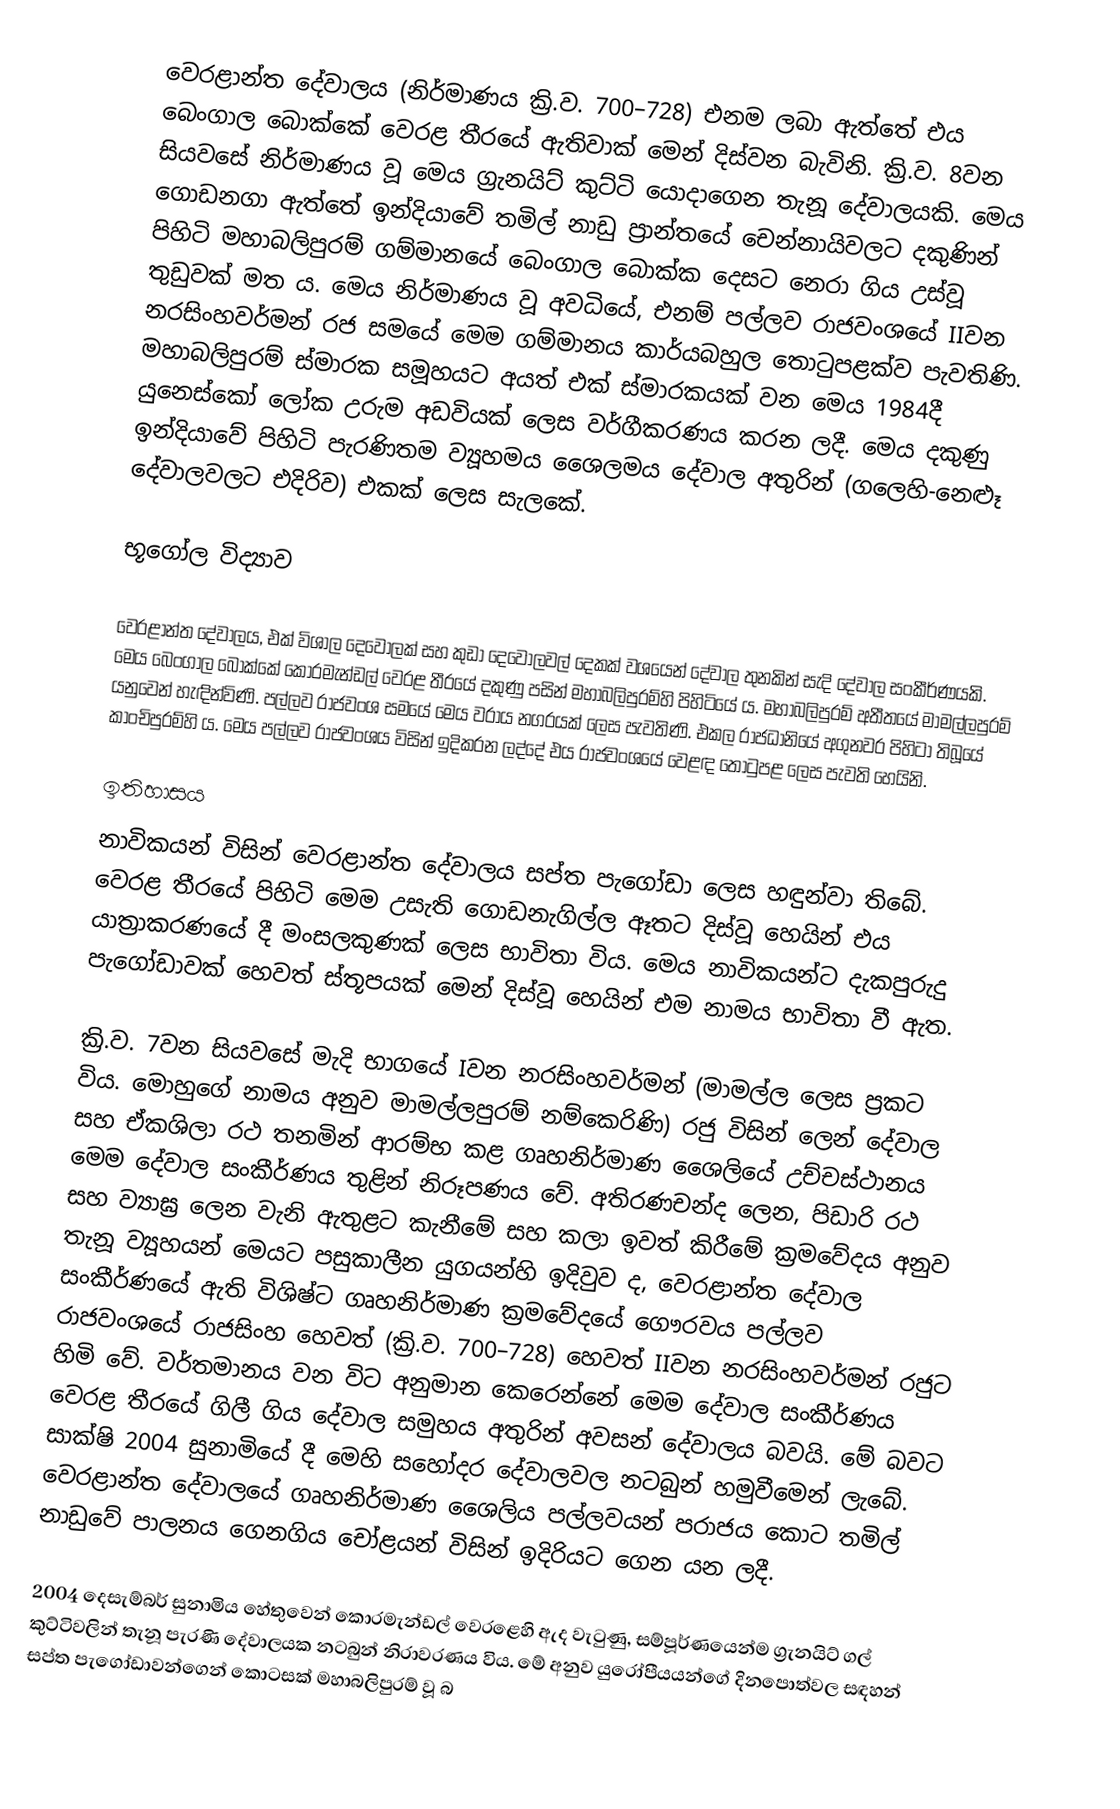
වෙරළාන්ත දේවාලය (නිර්මාණය ක්‍රි.ව. 700–728) එනම ලබා ඇත්තේ එය බෙංගාල බොක්කේ වෙරළ තීරයේ ඇතිවාක් මෙන් දිස්වන බැවිනි. ක්‍රි.ව. 8වන සියවසේ නිර්මාණය වූ මෙය ග්‍රැනයිට් කුට්ටි යොදාගෙන තැනූ දේවාලයකි‍. ‍මෙය ගොඩනගා ඇත්තේ ඉන්දියාවේ තමිල් නාඩු ප්‍රාන්තයේ චෙන්නායිවලට දකුණින් පිහිටි මහාබලිපුරම් ගම්මානයේ බෙංගාල බොක්ක දෙසට නෙරා ගිය උස්වූ තුඩුවක් මත ය. මෙය නිර්මාණය වූ අවධියේ, එනම්  පල්ලව රාජවංශයේ IIවන නරසිංහවර්මන් රජ සමයේ මෙම ගම්මානය කාර්යබහුල තොටුපළක්ව පැවතිණි. මහාබලිපුරම් ස්මාරක සමූහයට අයත් එක් ස්මාරකයක් වන මෙය 1984දී යුනෙස්කෝ ලෝක උරුම අඩවියක් ලෙස වර්ගීකරණය කරන ලදී. මෙය දකුණු ඉන්දියාවේ පිහිටි පැරණිතම ව්‍යූහමය ශෛලමය දේවාල අතුරින් (ගලෙහි-නෙළූ දේවාලවලට එදිරිව) එකක් ලෙස සැලකේ.

භූගෝල විද්‍යාව

වෙරළාන්ත දේවාලය, එක් විශාල දෙවොලක් සහ කුඩා දෙවොලවල් දෙකක් වශයෙන් දේවාල තුනකින් සැදි දේවාල සංකීර්ණයකි. මෙය බෙංගාල බොක්කේ කොරමැන්ඩල් වෙරළ තීරයේ දකුණු පසින් මහාබලිපුරම්හි පිහිටියේ ය. මහාබලිපුරම් අතීතයේ මාමල්ලපුරම් යනුවෙන් හැඳින්විණි. පල්ලව රාජවංශ සමයේ මෙය වරාය නගරයක් ලෙස පැවතිණි. එකල රාජධානියේ අගුනවර පිහිටා තිබූයේ කාංචිපුරම්හි ය. මෙය පල්ලව රාජවංශය විසින් ඉදිකරන ලද්දේ එය රාජවංශයේ වෙළඳ තොටුපළ ලෙස පැවති හෙයිනි.

ඉතිහාසය
නාවිකයන් විසින් වෙරළාන්ත දේවාලය සප්ත පැගෝඩා ලෙස හඳුන්වා තිබේ. වෙරළ තීරයේ පිහිටි මෙම උසැති ගොඩනැගිල්ල ඈතට දිස්වූ හෙයින් එය යාත්‍රාකරණයේ දී මංසලකුණක් ලෙස භාවිතා විය. මෙය නාවිකයන්ට දැකපුරුදු පැගෝඩාවක් හෙවත් ස්තූපයක් මෙන් දිස්වූ හෙයින් එම නාමය භාවිතා වී ඇත.

ක්‍රි.ව. 7වන සියවසේ මැදි භාගයේ Iවන නරසිංහවර්මන් (මාමල්ල ලෙස ප්‍රකට විය. මොහුගේ නාමය අනුව මාමල්ලපුරම් නම්කෙරිණි) රජු විසින් ලෙන් දේවාල සහ ඒකශිලා රථ තනමින් ආරම්භ කළ ගෘහනිර්මාණ ශෛලියේ උච්චස්ථානය මෙම දේවාල සංකීර්ණය තුළින් නිරූපණය වේ. අතිරණචන්ද ලෙන, පිඩාරි රථ සහ ව්‍යාඝ්‍ර ලෙන වැනි ඇතුළට කැනීමේ සහ කලා ඉවත් කිරීමේ ක්‍රමවේදය අනුව තැනූ ව්‍යූහයන් මෙයට පසුකාලීන යුගයන්හි ඉදිවුව ද, වෙරළාන්ත දේවාල සංකීර්ණයේ ඇති විශිෂ්ට ගෘහනිර්මාණ ක්‍රමවේදයේ ගෞරවය පල්ලව රාජවංශයේ රාජසිංහ හෙවත් (ක්‍රි.ව. 700–728) හෙවත් IIවන නරසිංහවර්මන් රජුට හිමි වේ. වර්තමානය වන විට අනුමාන කෙරෙන්නේ මෙම දේවාල සංකීර්ණය වෙරළ තීරයේ ගිලී ගිය දේවාල සමුහය අතුරින් අවසන් දේවාලය බවයි. මේ බවට සාක්ෂි 2004 සුනාමියේ දී මෙහි සහෝදර දේවාලවල නටබුන් හමුවීමෙන් ‍ලැබේ. වෙරළාන්ත දේවාලයේ ගෘහනිර්මාණ ශෛලිය පල්ලවයන් පරාජය කොට තමිල් නාඩුවේ පාලනය ගෙනගිය චෝළයන් විසින් ඉදිරි‍යට ගෙන යන ලදී.

2004 දෙසැම්බර් සුනාමිය හේතුවෙන් කොරමැන්ඩල් වෙරළෙහි ඇද වැටුණු, සම්පූර්ණයෙන්ම ග්‍රැනයිට් ගල් කුට්ටිවලින් තැනූ පැරණි දේවාලයක නටබුන් නිරාවරණය විය. මේ අනුව යුරෝපීයයන්ගේ දිනපොත්වල සඳහන් සප්ත පැගෝඩාවන්ගෙන් කොටසක් මහාබලිපුරම් වූ බ